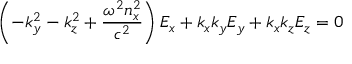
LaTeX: \left( - k _ { y } ^ { 2 } - k _ { z } ^ { 2 } + { \frac { \omega ^ { 2 } n _ { x } ^ { 2 } } { c ^ { 2 } } } \right) E _ { x } + k _ { x } k _ { y } E _ { y } + k _ { x } k _ { z } E _ { z } = 0